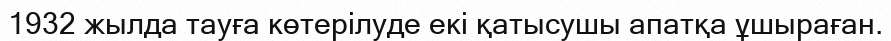
1932 жылда тауға көтерілуде екi қатысушы апатқа ұшыраған.